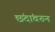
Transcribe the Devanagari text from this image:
छंदांवरून